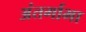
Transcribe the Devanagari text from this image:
अंतर्गाभा